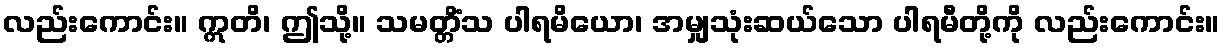
လည်းကောင်း။ ဣတိ၊ ဤသို့။ သမတ္တိံသ ပါရမိယော၊ အမျှသုံးဆယ်သော ပါရမီတို့ကို လည်းကောင်း။